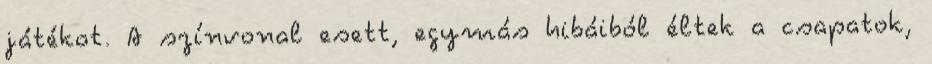
játékot. A színvonal esett, egymás hibáiból éltek a csapatok,